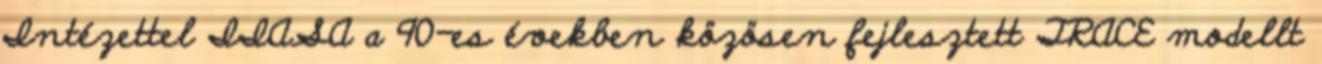
Intézettel IIASA a 90-es években közösen fejlesztett TRACE modellt